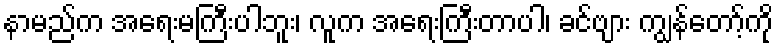
နာမည်က အရေးမကြီးပါဘူး၊ လူက အရေးကြီးတာပါ၊ ခင်ဗျား ကျွန်တော့်ကို